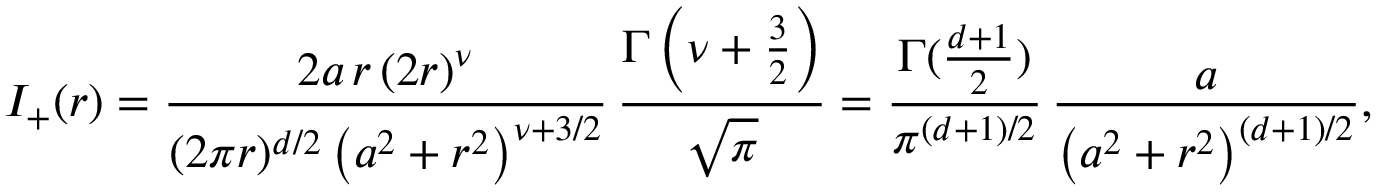
I _ { + } ( r ) = \frac { 2 a \, r \, ( 2 r ) ^ { \nu } } { ( 2 \pi r ) ^ { d / 2 } \left( a ^ { 2 } + r ^ { 2 } \right) ^ { \nu + 3 / 2 } } \, \frac { \Gamma \left( \nu + \frac { 3 } { 2 } \right) } { \sqrt { \pi } } = \frac { \Gamma ( \frac { d + 1 } { 2 } ) } { \pi ^ { ( d + 1 ) / 2 } } \, \frac { a } { \left( a ^ { 2 } + r ^ { 2 } \right) ^ { ( d + 1 ) / 2 } } ,